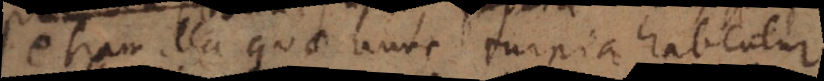
etiam illa quae nunc impia habentur.